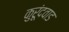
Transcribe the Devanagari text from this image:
कुरूंदवाड